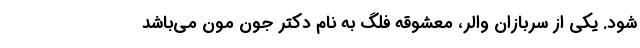
شود. یکی از سربازان والر، معشوقهٔ فلگ به نام دکتر جون مون می‌باشد